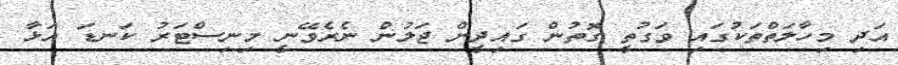
އަދި މިހާލަތްތަކުގައި ވަގުތީ ގޮތުން ގައިދީން ޖަލުން ނެރެވޭނީ މިނިސްޓަރު ކަނޑަ އަޅާ